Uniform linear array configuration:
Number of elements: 48
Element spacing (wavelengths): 0.75
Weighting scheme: hann
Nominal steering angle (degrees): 30
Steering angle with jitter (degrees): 30.877
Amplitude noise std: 0.05
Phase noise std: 0.05

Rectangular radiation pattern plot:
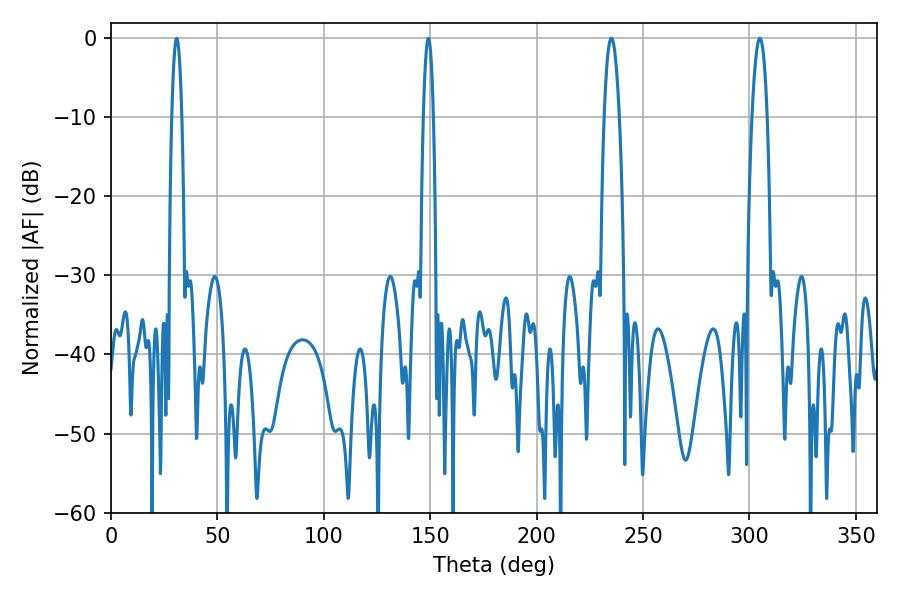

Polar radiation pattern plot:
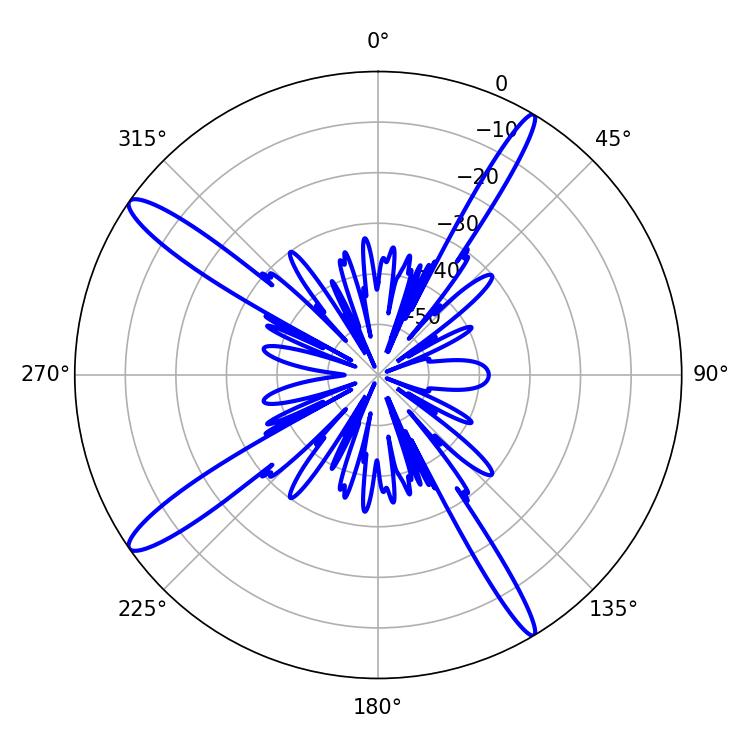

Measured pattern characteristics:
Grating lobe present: TRUE
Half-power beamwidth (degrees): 3.78
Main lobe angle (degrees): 235.08